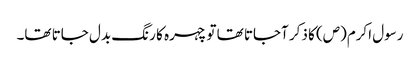
رسول اکرم(ص) کا ذکر آجاتا تھا تو چہرہ کا رنگ بدل جاتا تھا۔